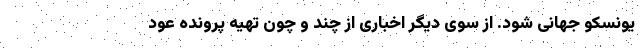
یونسکو جهانی شود. از سوی دیگر اخباری از چند و چون تهیه پرونده عود